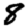
Digit: 8